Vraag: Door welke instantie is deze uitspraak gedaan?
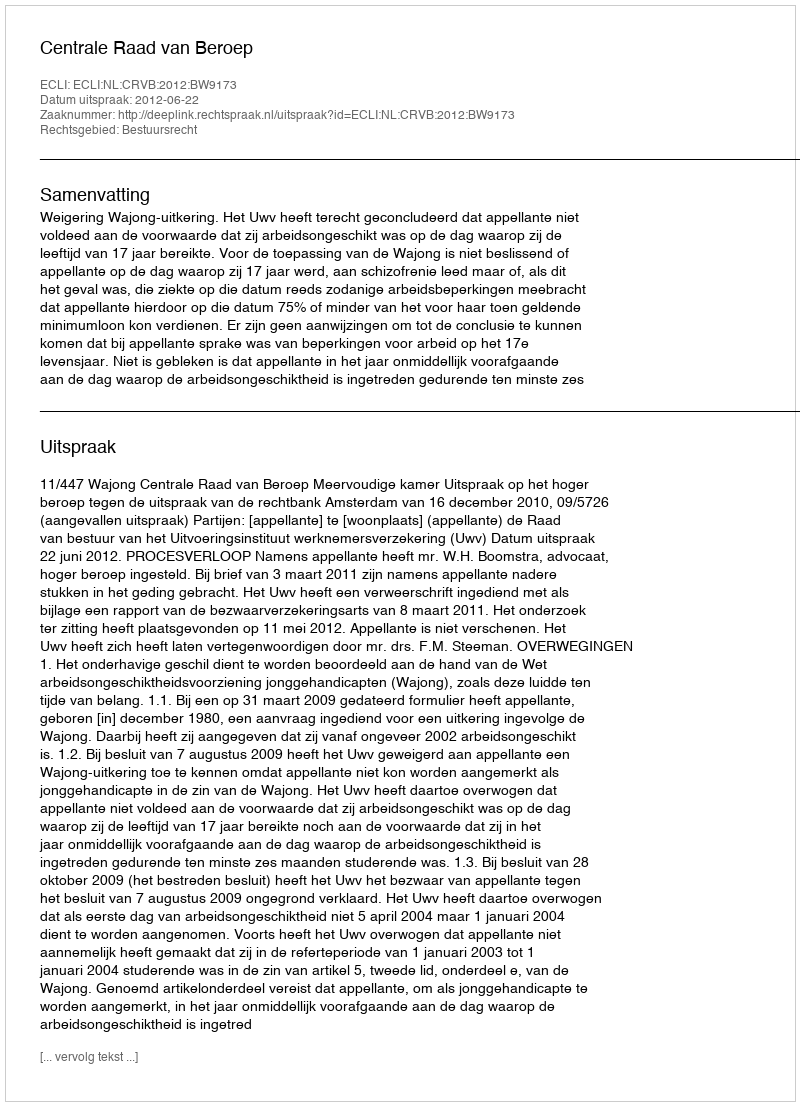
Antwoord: Centrale Raad van Beroep